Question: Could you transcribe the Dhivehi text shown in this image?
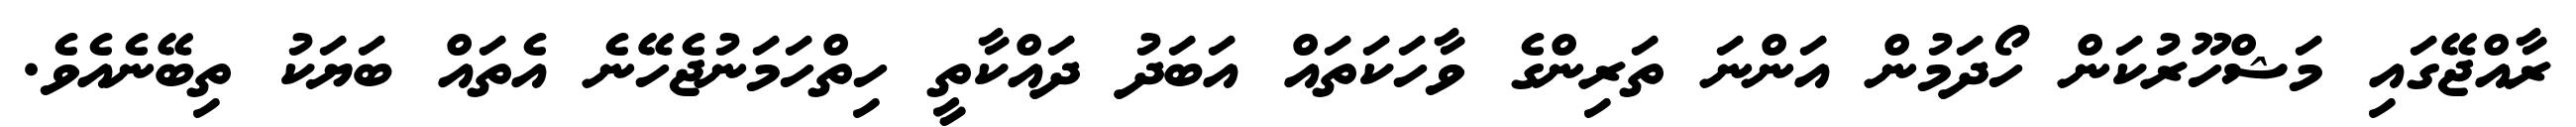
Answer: ރާއްޖޭގައި މަޝްހޫރުކަން ހޯދަމުން އަންނަ ތަރިންގެ ވާހަކަތައް އަބަދު ދައްކާތީ ހިތްހަމަނުޖެހޭނެ އެތައް ބަޔަކު ތިބޭނެއެވެ.